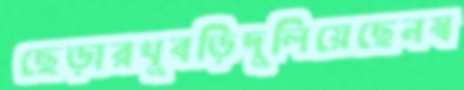
ছেড়ারখুবড়িদুলিয়েছেনস্ব